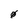
Character: 0